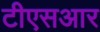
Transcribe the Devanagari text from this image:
टीएसआर